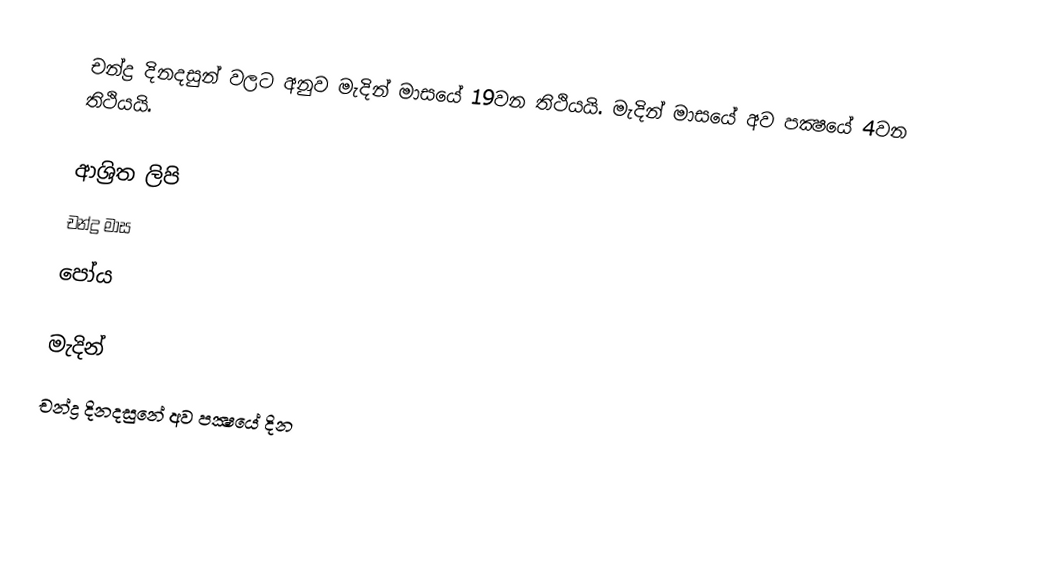
චන්ද්‍ර දිනදසුන් වලට අනුව මැදින් මාසයේ 19වන තිථියයි. මැදින් මාසයේ අව පක්‍ෂයේ 4වන තිථියයි.

ආශ්‍රිත ලිපි
 චන්ද්‍ර මාස
 පෝය

මැදින්
චන්ද්‍ර දිනදසුනේ අව පක්‍ෂයේ දින